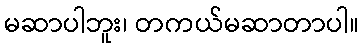
မဆာပါဘူး၊ တကယ်မဆာတာပါ။